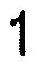
1